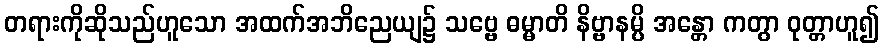
တရားကိုဆိုသည်ဟူသော အထက်အဘိညေယျ၌ သဗ္ဗေ ဓမ္မာတိ နိဗ္ဗာနမ္ပိ အန္တော ကတွာ ဝုတ္တာဟူ၍